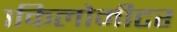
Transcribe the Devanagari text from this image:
१किलोमीटर